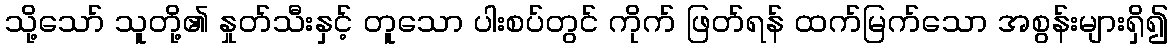
သို့သော် သူတို့၏ နှုတ်သီးနှင့် တူသော ပါးစပ်တွင် ကိုက် ဖြတ်ရန် ထက်မြက်သော အစွန်းများရှိ၍